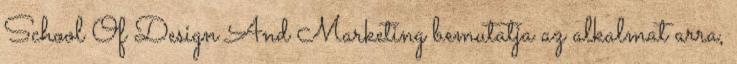
School Of Design And Marketing bemutatja az alkalmat arra,